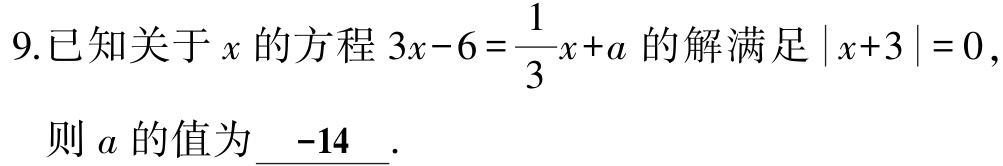
9.已知关于\(x\)的方程\(3x - 6 = \frac{1}{3}x + a\)的解满足\(\vert x + 3\vert = 0\)，

则\(a\)的值为\(\underline{ -14 }\).